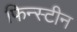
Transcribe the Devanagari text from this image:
फिन्स्टीन